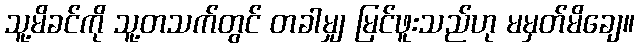
သူ့မိခင်ကို သူ့တသက်တွင် တခါမျှ မြင်ဖူးသည်ဟု မမှတ်မိချေ။